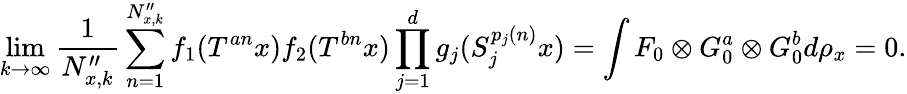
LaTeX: \operatorname*{lim}_{k\rightarrow\infty}\frac{1}{N_{x,k}^{\prime\prime}}\sum_{n=1}^{N_{x,k}^{\prime\prime}}f_{1}(T^{an}x)f_{2}(T^{bn}x)\prod_{j=1}^{d}g_{j}(S_{j}^{p_{j}(n)}x)=\int F_{0}\otimes G_{0}^{a}\otimes G_{0}^{b}d\rho_{x}=0.